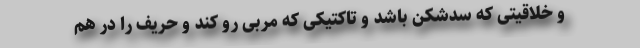
و خلاقیتی که سدشکن باشد و تاکتیکی که مربی رو کند و حریف را در هم